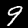
Digit: 9